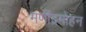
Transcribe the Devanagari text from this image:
मणींद्रमोहन